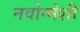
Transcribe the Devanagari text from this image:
नवोन्मेशी